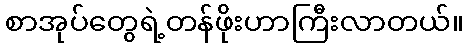
စာအုပ်တွေရဲ့တန်ဖိုးဟာကြီးလာတယ်။